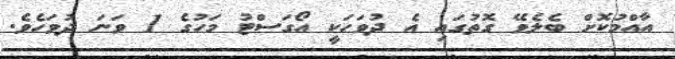
އާއްމުކޮށް ބެލެވޭ ގޮތުގައި އެ ދުވަހަކީ އޯގަސްޓު މަހުގެ 1 ވަނަ ދުވަހެވެ.